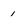
Character: 1